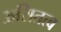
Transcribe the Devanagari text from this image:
असितत्व